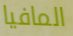
المافيا